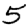
Digit: 5